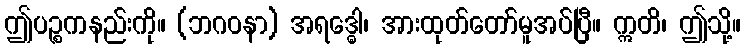
ဤပဉ္စကနည်းကို။ (ဘဂဝနာ) အရဒ္ဓေါ၊ အားထုတ်တော်မူအပ်ပြီ။ ဣတိ၊ ဤသို့။